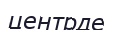
центрде